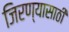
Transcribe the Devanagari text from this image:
जिरण्यासाठी